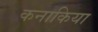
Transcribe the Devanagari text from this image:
कनाकिया